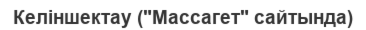
Келіншектау ("Массагет" сайтында)